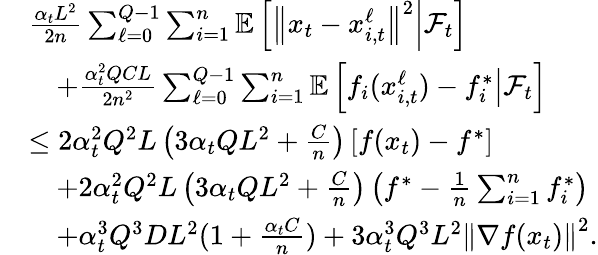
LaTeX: \begin{array}{rl}&{\frac{\alpha_{t}L^{2}}{2n}\sum_{\ell=0}^{Q-1}\sum_{i=1}^{n}\mathbb{E}\left[\left\Vert x_{t}-x_{i,t}^{\ell}\right\Vert^{2}\middle|\mathcal{F}_{t}\right]}\\ &{\quad+\frac{\alpha_{t}^{2}QCL}{2n^{2}}\sum_{\ell=0}^{Q-1}\sum_{i=1}^{n}\mathbb{E}\left[f_{i}(x_{i,t}^{\ell})-f_{i}^{*}\middle|\mathcal{F}_{t}\right]}\\ &{\leq 2\alpha_{t}^{2}Q^{2}L\left(3\alpha_{t}QL^{2}+\frac{C}{n}\right)\left[f(x_{t})-f^{*}\right]}\\ &{\quad+2\alpha_{t}^{2}Q^{2}L\left(3\alpha_{t}QL^{2}+\frac{C}{n}\right)\left(f^{*}-\frac{1}{n}\sum_{i=1}^{n}f_{i}^{*}\right)}\\ &{\quad+\alpha_{t}^{3}Q^{3}DL^{2}(1+\frac{\alpha_{t}C}{n})+3\alpha_{t}^{3}Q^{3}L^{2}\left\Vert\nabla f(x_{t})\right\Vert^{2}.}\end{array}